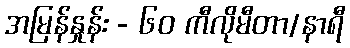
အမြန်နှုန်း - ၆၀ ကီလိုမီတာ/နာရီ